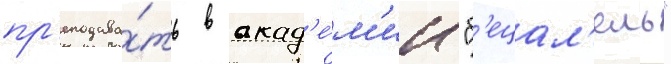
пр'еподава́ть в акад'е́м'ии "б'ецал'ель"